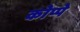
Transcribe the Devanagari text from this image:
कोप्पे